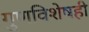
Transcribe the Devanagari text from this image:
गुणविशेषही